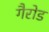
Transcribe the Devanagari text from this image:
गैरोड